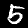
Digit: 5